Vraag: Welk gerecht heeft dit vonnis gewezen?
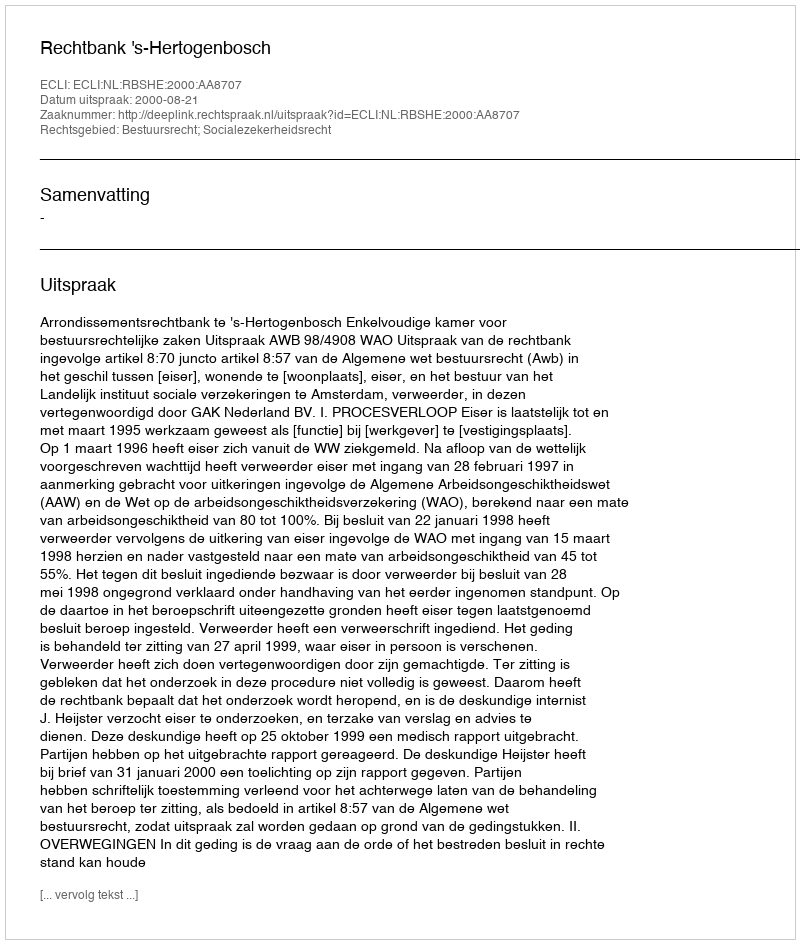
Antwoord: Rechtbank 's-Hertogenbosch